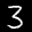
Label: 3